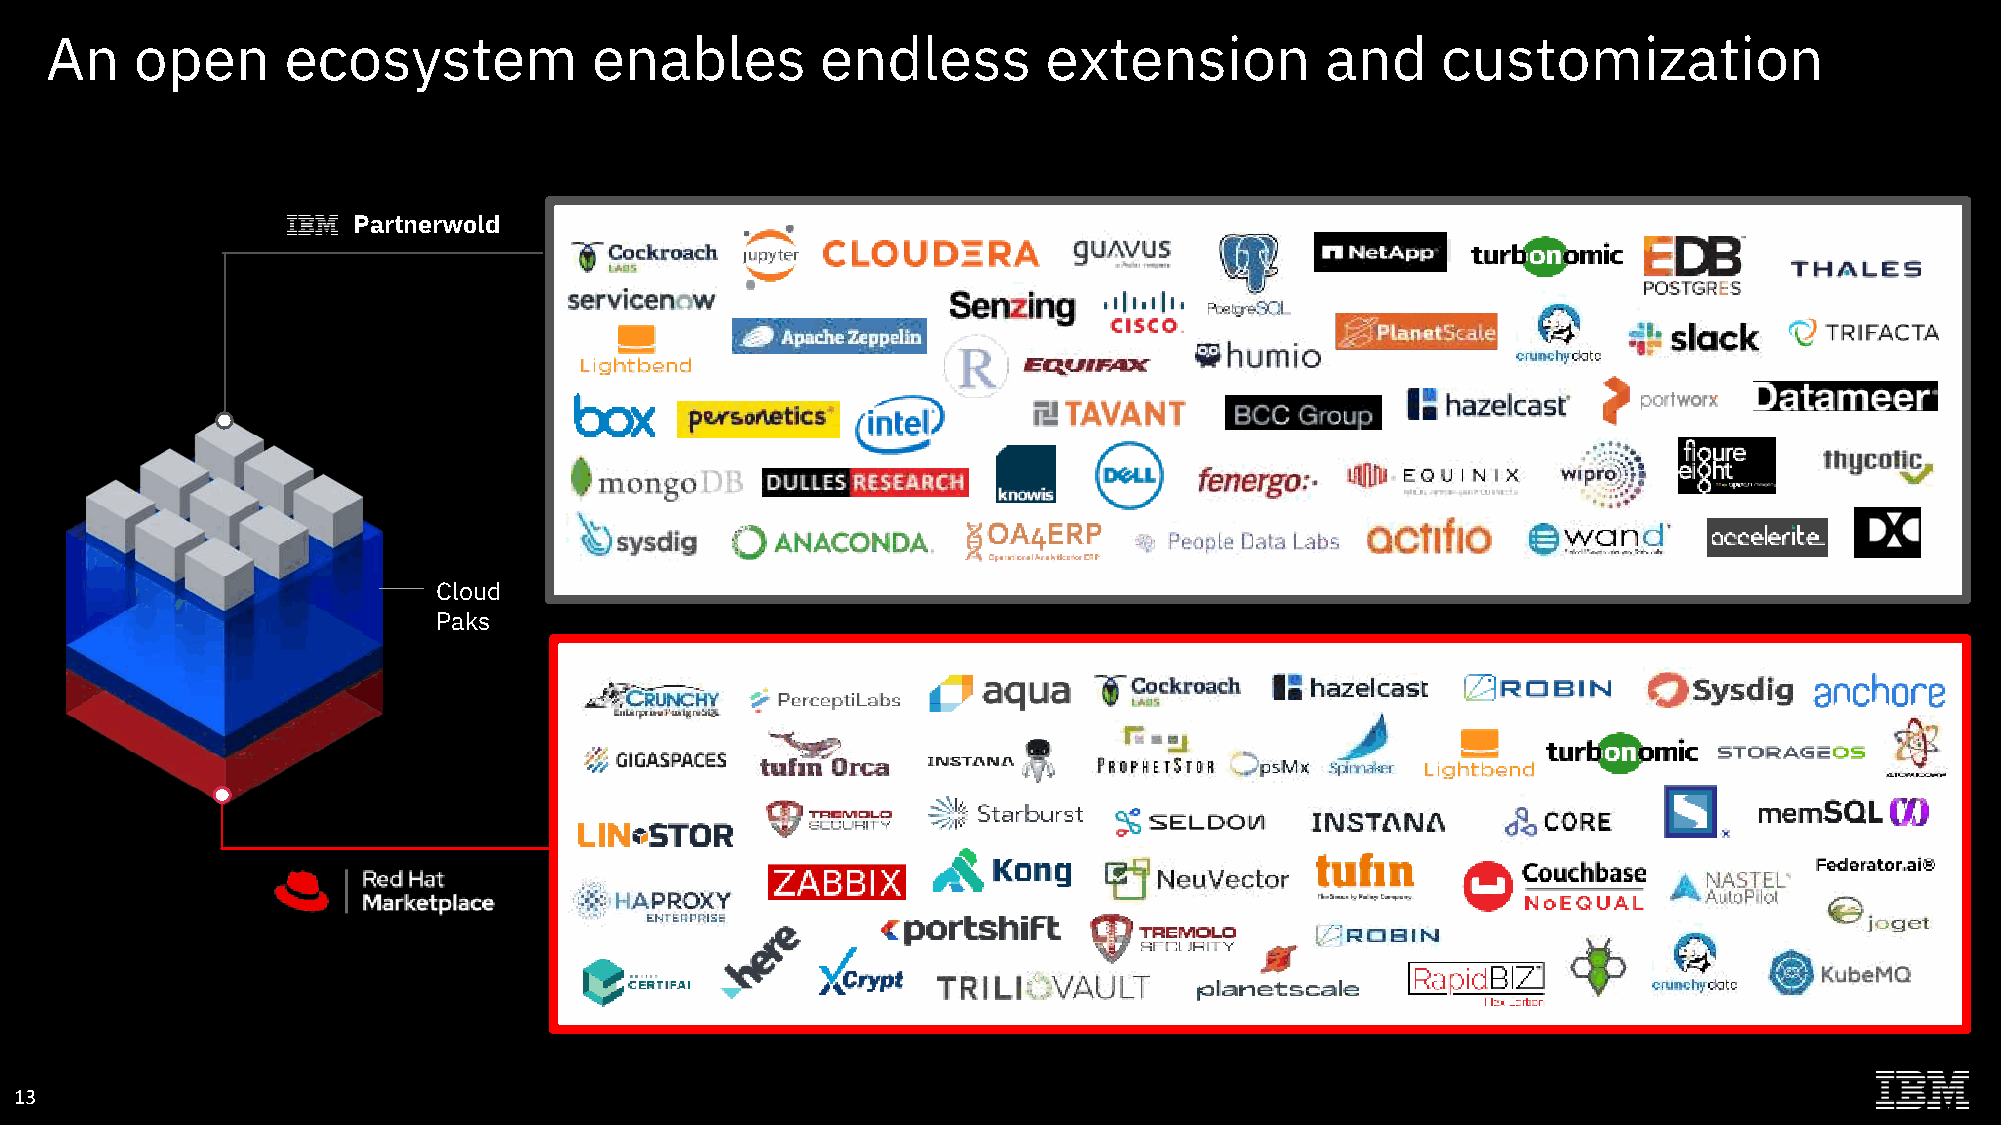
An    open      ecosystem           enables        endless        extension          and    customization
 Partnerwold
 Cloud
 Paks
 13